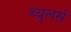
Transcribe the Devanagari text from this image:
ब्युलर्स